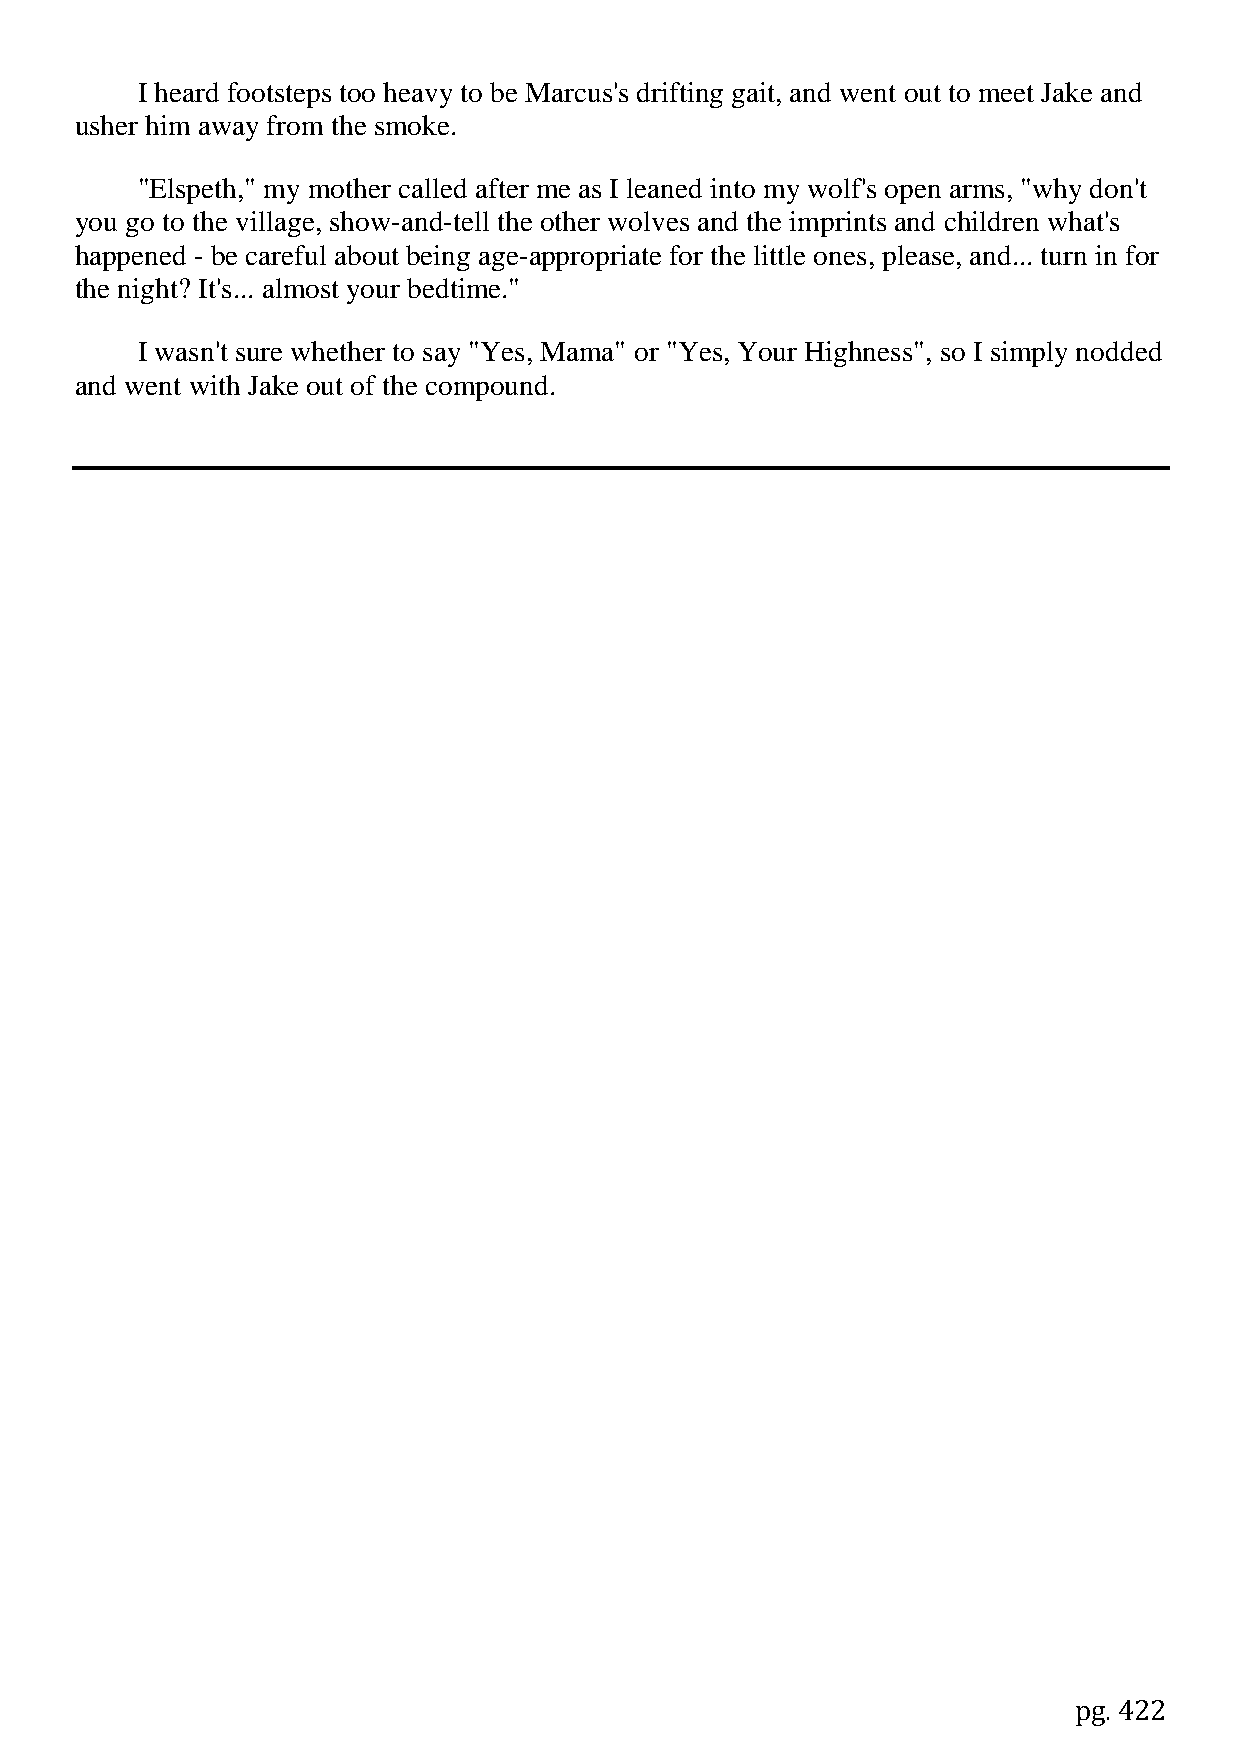
I heard footsteps too heavy to be Marcus's drifting gait, and went out to meet Jake and
 usher him away from the smoke.
 "Elspeth," my mother called after me as I leaned into my wolf's open arms, "why don't
 you go to the village, show-and-tell the other wolves and the imprints and children what's
 happened - be careful about being age-appropriate for the little ones, please, and... turn in for
 the night? It's... almost your bedtime."
 I wasn't sure whether to say "Yes, Mama" or "Yes, Your Highness", so I simply nodded
 and went with Jake out of the compound.
 pg. 422